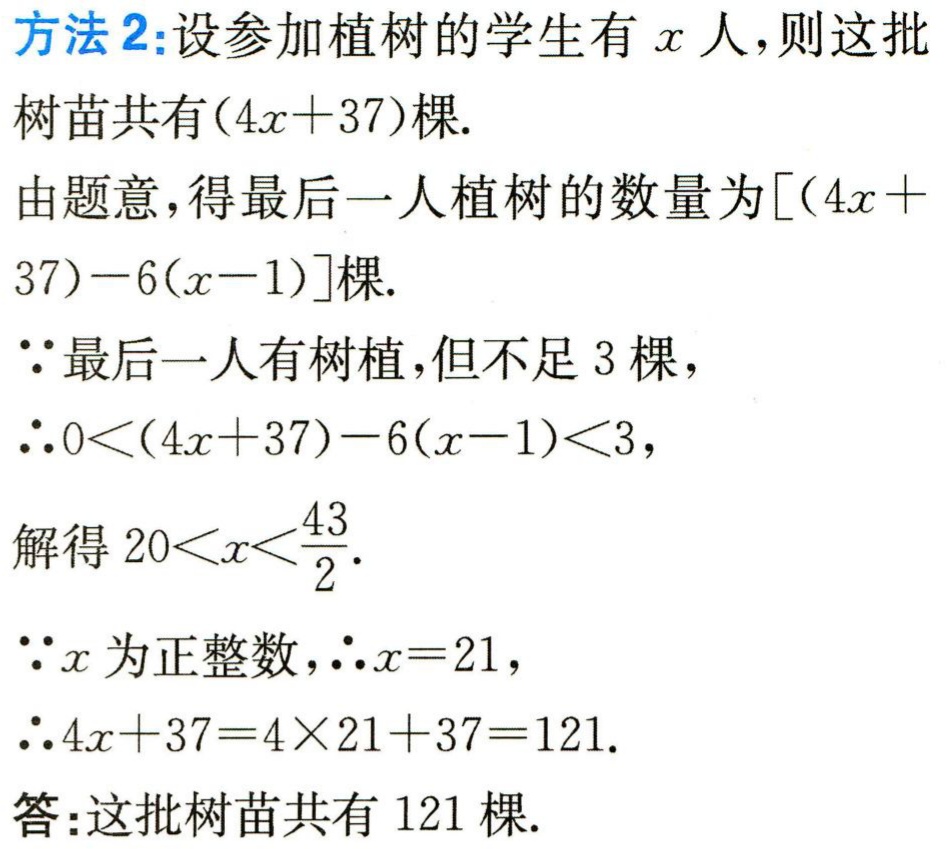
方法2:设参加植树的学生有\(x\)人,则这批

树苗共有\((4x + 37)\)棵.

由题意,得最后一人植树的数量为\([(4x +

37)-6(x - 1)]\)棵.

\(\because\)最后一人有树植,但不足\(3\)棵,

\(\therefore 0<(4x + 37)-6(x - 1)<3\),

解得\(20<x<\frac{43}{2}\).

\(\because x\)为正整数,\(\therefore x = 21\),

\(\therefore 4x + 37=4\times21 + 37 = 121\).

答:这批树苗共有\(121\)棵.